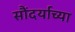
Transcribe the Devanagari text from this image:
सौंदर्याच्या